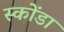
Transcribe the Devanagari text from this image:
स्कोंडा